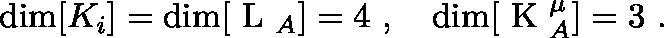
\dim [ K _ { i } ] = \dim [ \mathrm { \boldmath ~ L ~ } _ { A } ] = 4 \ , \quad \dim [ \mathrm { \boldmath ~ K ~ } _ { A } ^ { \mu } ] = 3 \ .